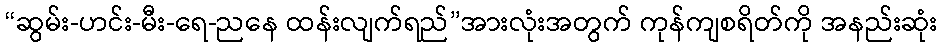
“ဆွမ်း-ဟင်း-မီး-ရေ-ညနေ ထန်းလျက်ရည်”အားလုံးအတွက် ကုန်ကျစရိတ်ကို အနည်းဆုံး